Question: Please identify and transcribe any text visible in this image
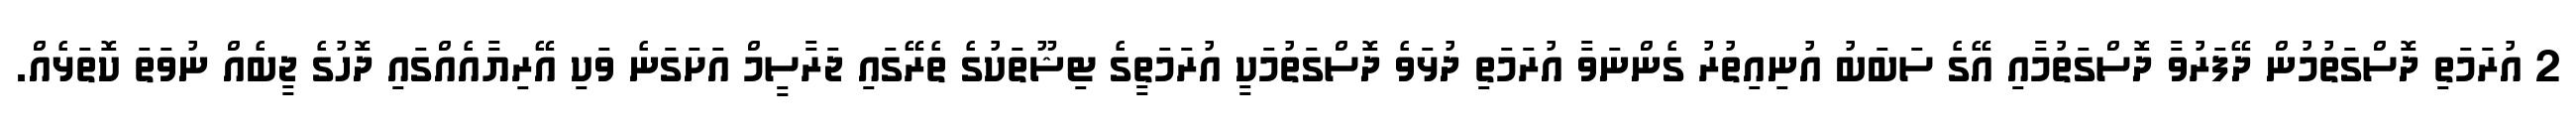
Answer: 2 އުރަމަތި ދޮސްގަތުމުން ދޭފަރުވާ ދޮސްގަތުމާއި އޭގެ ސަބަބު އުނިއިތުރު ގެންނަވާ އުރަމަތި ދުޅަވެ ދޮސްގަތުމަކީ އުރަމަތީގެ ޓިޝޫތަކުގެ ތެރޭގައި ޖަރާސީމް އަށަގަނެ ވަކި އޭރިޔާއެއްގައި ދޮހުގެ ޖީބެއް ނުވަތަ ކޮތަޅެއް.